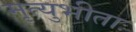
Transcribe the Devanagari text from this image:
मृत्युभीताः